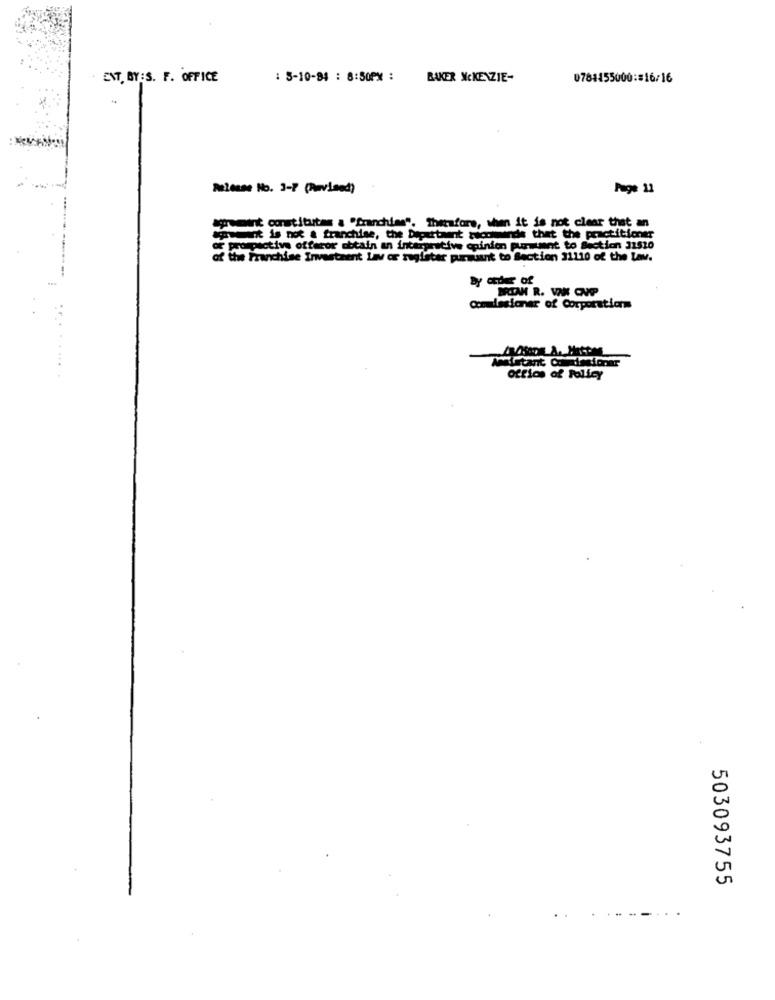
ENT. BY:S. F. OFFICE
: 5-10-94 : 8:50PM :
BAKER MCKENZIE-
0784455000:#16/16
Please No. 3-7 (Rwvined)
Page 11
agramint constitutes a "franchise". Therefore, when it is not clear that an
cowwant is not a franchise, the Department wucoinde that the practitioner
or prompactive offaror obtain an interpretive opinion pursuant to Section 31520
of the Franchise Investment Lav or registar pursuant to Section 31110 of the Law.
Dy ceder of
Commissioner of Corporations
oftion of Policy
503093755
...